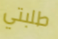
طلبتي